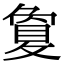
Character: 敻